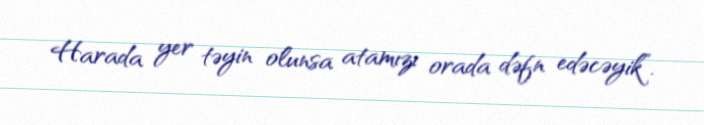
Harada yer təyin olunsa atamızı orada dəfn edəcəyik”.